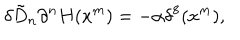
\delta \tilde { D } _ { n } \partial ^ { n } H ( x ^ { m } ) = - \alpha \delta ^ { 8 } ( x ^ { m } ) ,